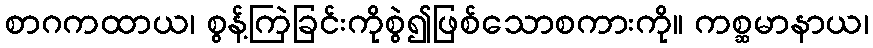
စာဂကထာယ၊ စွန့်ကြဲခြင်းကိုစွဲ၍ဖြစ်သောစကားကို။ ကစ္ဆမာနာယ၊